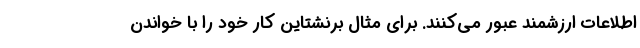
اطلاعات ارزشمند عبور می‌کنند. برای مثال برنشتاین کار خود را با خواندن